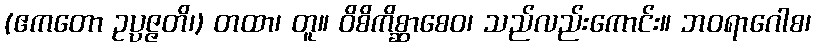
(ဧကတော ဥပ္ပဇ္ဇတိ၊) တထာ၊ တူ။ ဝိစိကိစ္ဆာစေဝ၊ သည်လည်းကောင်း။ ဘဝရာဂေါစ၊